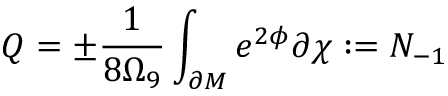
Q = \pm \frac { 1 } { 8 \Omega _ { 9 } } \int _ { \partial M } e ^ { 2 \phi } \partial \chi : = N _ { - 1 }